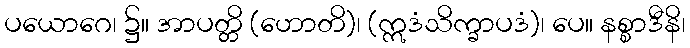
ပယောဂေ၊ ၌။ အာပတ္တိ (ဟောတိ)၊ (ဣဒံသိက္ခာပဒံ)၊ ပေ။ နစ္စာဒီနိ၊